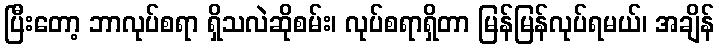
ပြီးတော့ ဘာလုပ်စရာ ရှိသလဲဆိုစမ်း၊ လုပ်စရာရှိတာ မြန်မြန်လုပ်ရမယ်၊ အချိန်